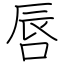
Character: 唇